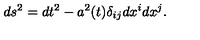
d s ^ { 2 } = d t ^ { 2 } - a ^ { 2 } ( t ) \delta _ { i j } d x ^ { i } d x ^ { j } .